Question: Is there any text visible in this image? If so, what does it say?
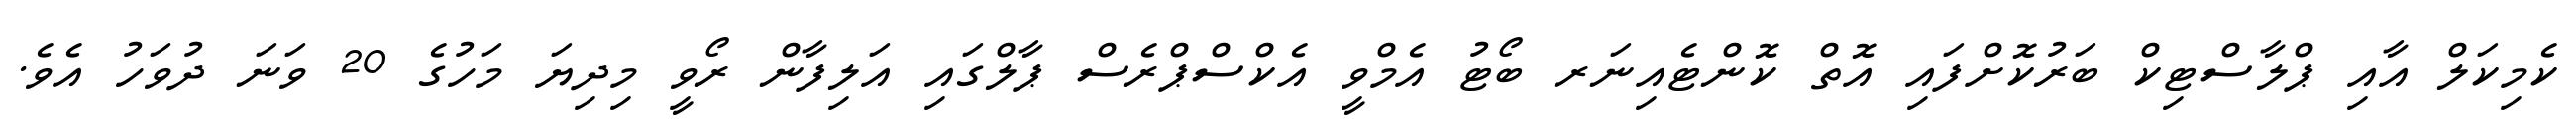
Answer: ކެމިކަލް އާއި ޕްލާސްޓިކް ބަރުކޮށްފައި އޮތް ކޮންޓެއިނަރ ބޯޓު އެމްވީ އެކްސްޕްރެސް ޕާލްގައި އަލިފާން ރޯވީ މިދިޔަ މަހުގެ 20 ވަނަ ދުވަހު އެވެ.